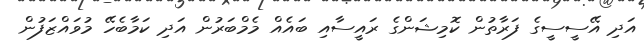
އަދި އޭސީސީގެ ފަރާތުން ކޮމިޝަންގެ ރައީސާއި ބައެއް މެމްބަރުން އަދި ކަމާބެހޭ މުވައްޒަފުން